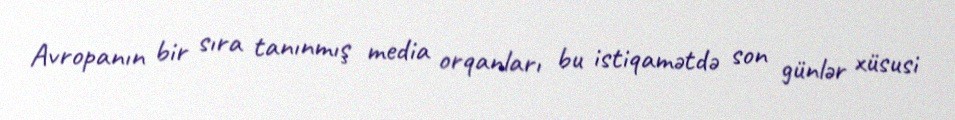
Avropanın bir sıra tanınmış media orqanları bu istiqamətdə son günlər xüsusi